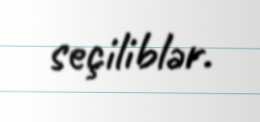
seçiliblər.